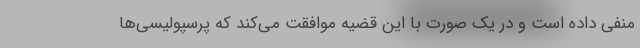
منفی داده است و در یک صورت با این قضیه موافقت می‌کند که پرسپولیسی‌ها